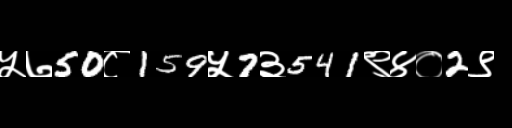
Text: ५७50८159५7३541९४०2९